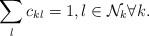
LaTeX: \begin{align*}\sum\limits_{l} c_{kl} =1 , l\in \mathcal{N}_k \forall k .\end{align*}